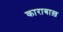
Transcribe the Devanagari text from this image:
काराबाख़